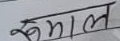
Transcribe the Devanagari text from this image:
रूमाल